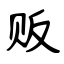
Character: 贩